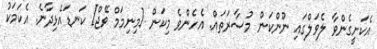
އެކަށީގެންވާ ލެވަލްގައި ނޫންކަން މުސާރަތައް. އެހެންވެ މިކަން [މިނިމަމް ވޭޖް] ކަނޑައެޅިދާނެ. އެކަމަކު